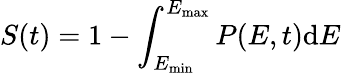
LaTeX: S(t)=1-\int_{E_{\mathrm{min}}}^{E_{\mathrm{max}}}P(E,t)\mathrm{d}E